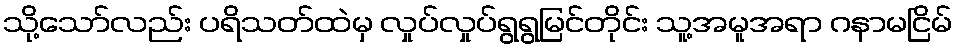
သို့သော်လည်း ပရိသတ်ထဲမှ လှုပ်လှုပ်ရွရွမြင်တိုင်း သူ့အမူအရာ ဂနာမငြိမ်